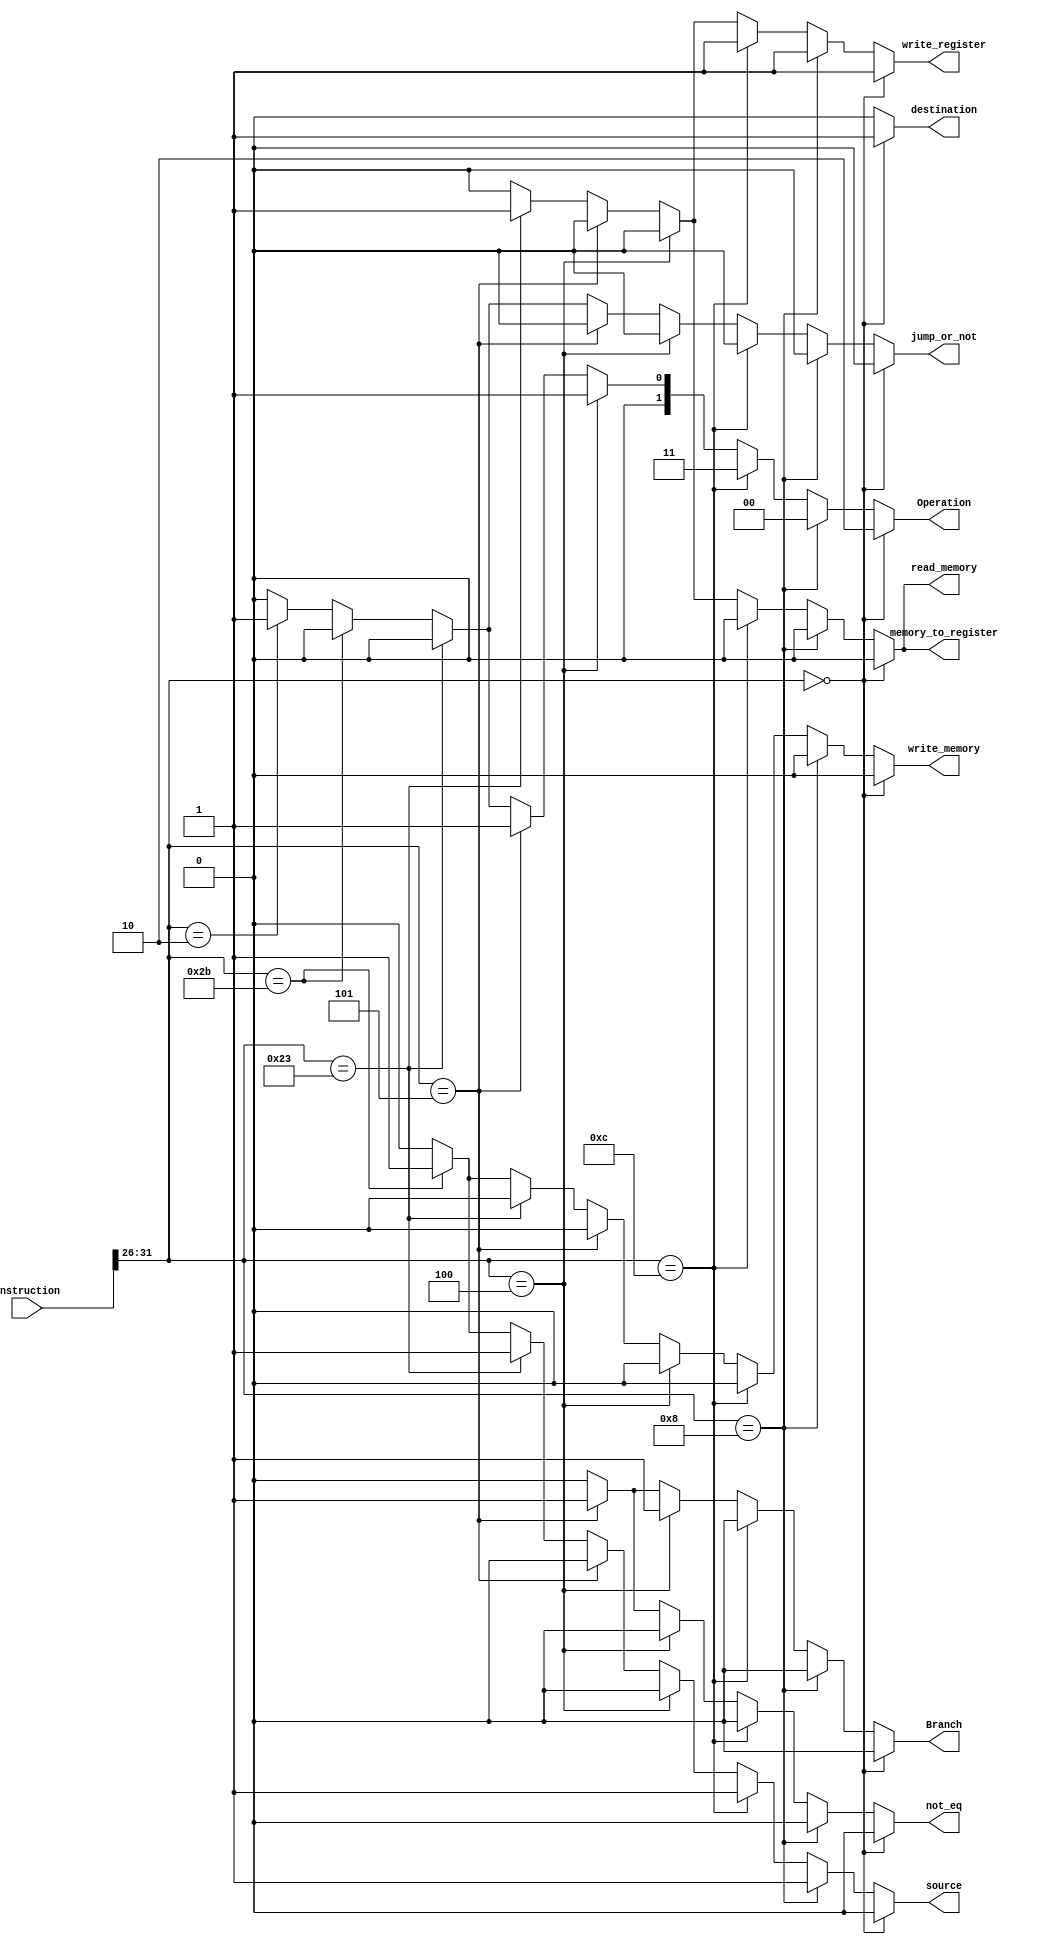
`timescale 1ns / 1ps

module Control (instruction, destination, jump_or_not, Branch, not_eq, read_memory, memory_to_register, Operation, write_memory, source, write_register);
    input [31:0] instruction;
    output reg destination, jump_or_not, Branch, not_eq, read_memory, memory_to_register, write_memory, source, write_register;
    output reg [1:0] Operation;
  initial begin
    destination = 0;
    jump_or_not = 0;
    Branch = 0;
    read_memory = 0;
    memory_to_register = 0;
    Operation = 2'b00;
    write_memory = 0;
    source = 0;
    write_register = 0;
  end

  always @(instruction) begin
    if (instruction[31:26] == 6'b000000) begin 
        destination = 1;
        source = 0;
        memory_to_register = 0;
        write_register = 1;
        read_memory = 0;
        write_memory = 0;
        Branch = 0;
        not_eq = 0;
        Operation = 2'b10;
        jump_or_not = 0;
    end
    else if (instruction[31:26] == 6'b001000) begin
        destination = 0;
        source = 1;
        memory_to_register = 0;
        write_register = 1;
        read_memory = 0;
        write_memory = 0;
        Branch = 0;
        not_eq = 0;
        Operation = 2'b00;
        jump_or_not = 0;
    end
    else if (instruction[31:26] == 6'b001100) begin
        destination = 0;
        source = 1;
        memory_to_register = 0;
        write_register = 1;
        read_memory = 0;
        write_memory = 0;
        Branch = 0;
        not_eq = 0;
        Operation = 2'b11;
        jump_or_not = 0;
    end
    else if (instruction[31:26] == 6'b000100) begin
        destination = 0;
        source = 0;
        memory_to_register = 0;
        write_register = 0;
        read_memory = 0;
        write_memory = 0;
        Branch = 1;
        not_eq = 0;
        Operation = 2'b01;
        jump_or_not = 0;
    end
    else if (instruction[31:26] == 6'b000101) begin
        destination = 0;
        source = 0;
        memory_to_register = 0;
        write_register = 0;
        read_memory = 0;
        write_memory = 0;
        Branch = 1;
        not_eq = 1;
        Operation = 2'b01;
        jump_or_not = 0;
    end
    else if (instruction[31:26] == 6'b100011) begin
        destination = 0;
        source = 1;
        memory_to_register = 1;
        write_register = 1;
        read_memory = 1;
        write_memory = 0;
        Branch = 0;
        not_eq = 0;
        Operation = 2'b00;
        jump_or_not = 0;
    end
    else if (instruction[31:26] == 6'b101011) begin
        destination = 0;
        source = 1;
        memory_to_register = 0;
        write_register = 0;
        read_memory = 0;
        write_memory = 1;
        Branch = 0;
        not_eq = 0;
        Operation = 2'b00;
        jump_or_not = 0;
    end
    else if (instruction[31:26] == 6'b000010) begin
        destination = 0;
        source = 0;
        memory_to_register = 0;
        write_register = 0;
        read_memory = 0;
        write_memory = 0;
        Branch = 0;
        not_eq = 0;
        Operation = 2'b01;
        jump_or_not = 1;
    end
    else begin
        destination = 0;
        source = 0;
        memory_to_register = 0;
        write_register = 0;
        read_memory = 0;
        write_memory = 0;
        Branch = 0;
        not_eq = 0;
        Operation = 2'b00;
        jump_or_not = 0;
    end
  end 

endmodule